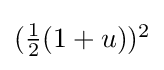
{\textstyle ({\tfrac {1}{2}}(1+u))^{2}}